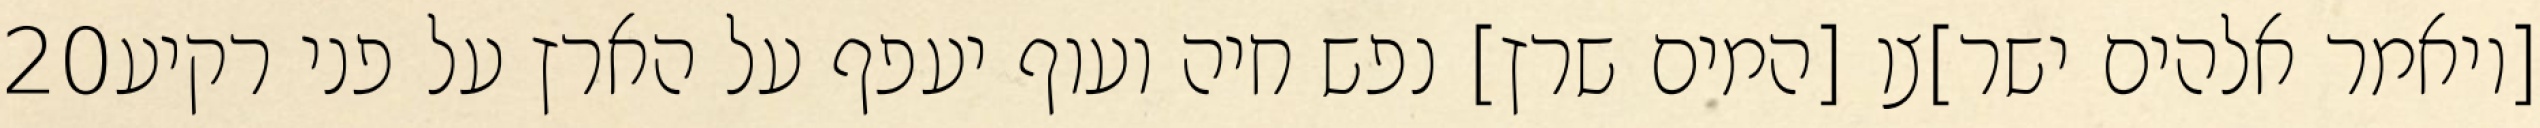
‎20‏ [ויאמר אלהים ישר]צו [המים שרץ] נפש חיה ועוף יעפף על הארץ על פני רקיע